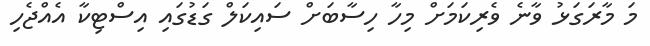
މަ މާރަގަޅު ވާނެ ވެރިކަމަށް މިހާ ހިސާބަށް ސައިކަލް ގަޑުގައި އިސްޓިކާ އެއްޖެހި